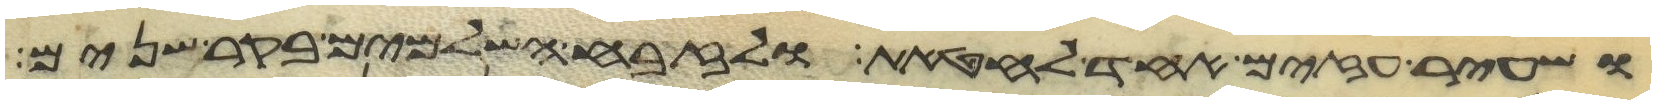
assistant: ושעיר עזים אחד לחטאת ולזבח השלמים בקר שנים